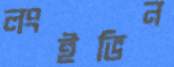
লংইভিন